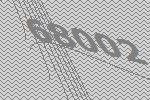
68002